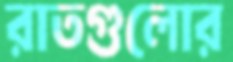
রাতগুলোর